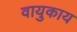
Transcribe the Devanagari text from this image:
वायुकाय